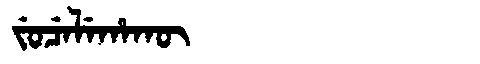
Manchu: ᠵᡠᠴᡝᠯᡝᡥᠠᡴᡡ
Romanization: JUCELEHAKŪ